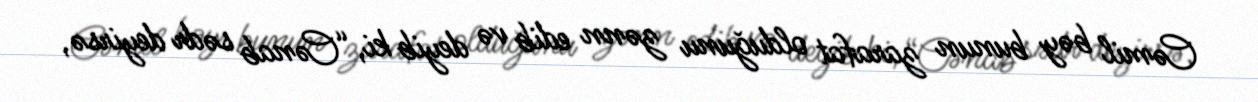
Cəmil bəy bunun zarafat olduğunu zənn edib və deyib ki, “Cənab sədr deyirsə,